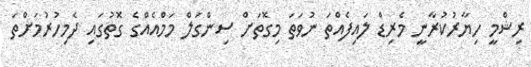
ރިޝްމީ ހިޔާރުކުރާނީ މެރިޑް ލައިފެއްތަ ނުވަތަ މިގޮތަށް ސިންގަލް މަމްއެއްގެ ގޮތުގައި ދެމިހުރުމަށްތަ